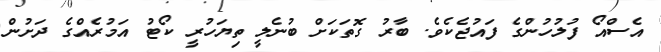
އެސްއޯ ފުލުހުންގެ ފައުޖެކެވެ. ބާރު ގޮތަކަށް ބުނެލީ ތިޔަހުރީ ކޯޓު އަމުރެއްގެ ދަށުން